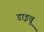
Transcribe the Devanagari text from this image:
डाइवू